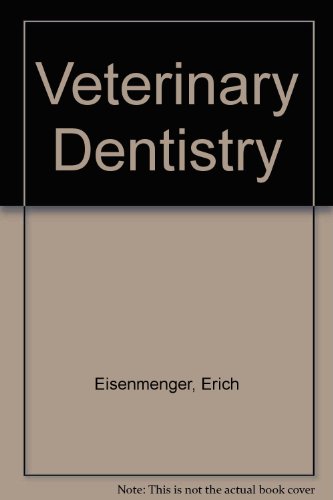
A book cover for Veterinary Dentistry; Erich Eisenmenger; Medical Books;